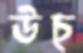
উচ্